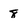
Character: 8